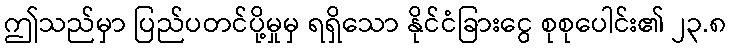
ဤသည်မှာ ပြည်ပတင်ပို့မှုမှ ရရှိသော နိုင်ငံခြားငွေ စုစုပေါင်း၏ ၂၃.၈